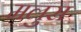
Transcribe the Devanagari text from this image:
मलुस